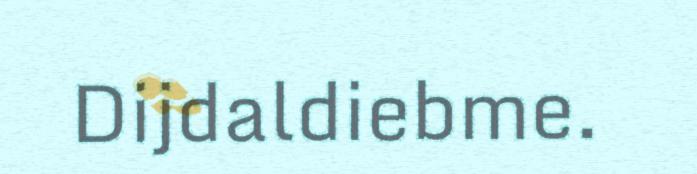
Dijdaldiebme.